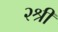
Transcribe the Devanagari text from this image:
२श्री